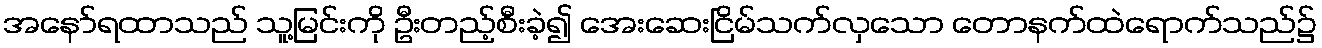
အနော်ရထာသည် သူ့မြင်းကို ဦးတည့်စီးခဲ့၍ အေးဆေးငြိမ်သက်လှသော တောနက်ထဲရောက်သည်၌